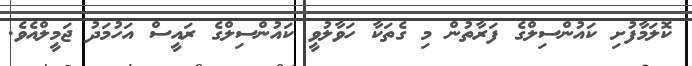
ކޮލަމާފުށި ކައުންސިލްގެ ފަރާތުން މި ގެތަކާ ހަވާލުވީ ކައުންސިލްގެ ރައީސް އަހުމަދު ޖަމީލްއެވެ.